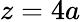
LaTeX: z=4a